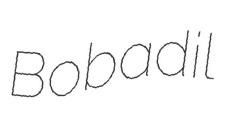
Bobadil